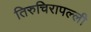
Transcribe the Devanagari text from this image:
तिरुचिरापल्‍ली